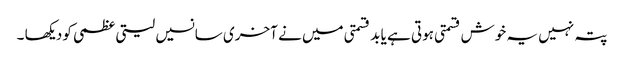
پتہ نہیں یہ خوش قسمتی ہوتی ہے یا بد قسمتی میں نے آخری سانسیں لیتی عظمی کو دیکھا ۔